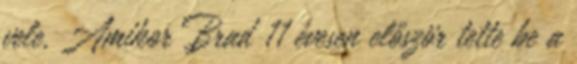
vele. Amikor Brad 11 évesen először tette be a